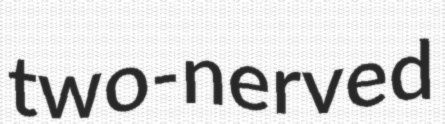
two-nerved